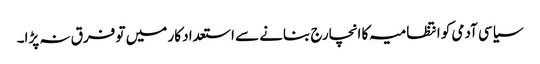
سیاسی آدمی کو انتظامیہ کا انچارج بنانے سے استعداد کار میں تو فرق نہ پڑا۔